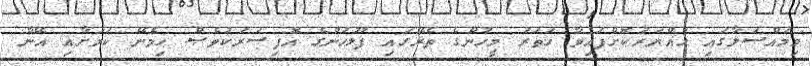
މިމައްސަލާގައި ހައްޔަރުކޮށްފައިވާ ހަތަރު މީހުންގެ ތެރޭގައި ފުލުހުންގެ އޮފިސަރަކުވެސް ހިމެނޭ ކަމަށާއި އޭނާ